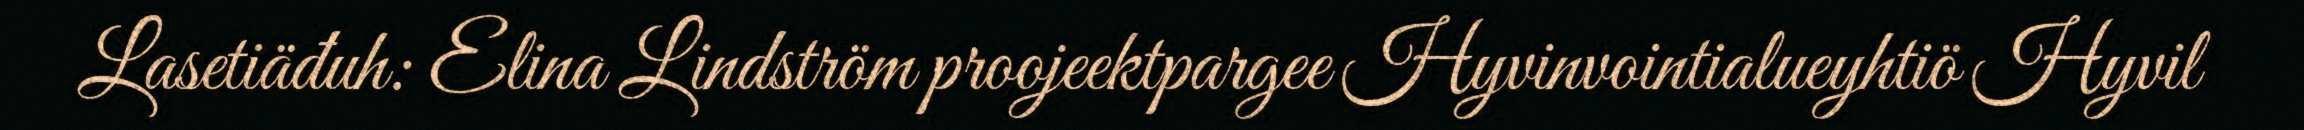
Lasetiäđuh: Elina Lindström proojeektpargee Hyvinvointialueyhtiö Hyvil